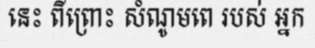
នេះ ពីព្រោះ សំណូមពេ របស់ អ្នក